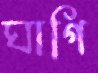
ঘাগি